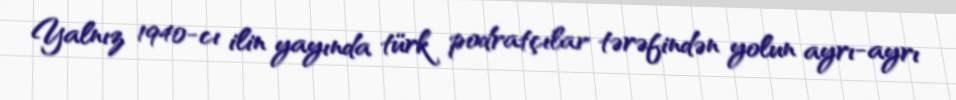
Yalnız 1940-cı ilin yayında türk podratçılar tərəfindən yolun ayrı-ayrı